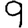
Digit: 9